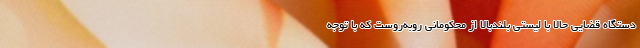
دستگاه قضایی حالا با لیستی بلندبالا از محکومانی روبه‌روست که با توجه